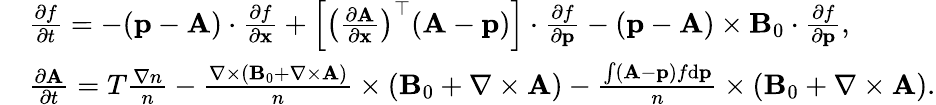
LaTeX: \begin{array}{rl}&{\frac{\partial f}{\partial t}=-({\mathbf p}-{\mathbf A})\cdot\frac{\partial f}{\partial{\mathbf x}}+\left[\left(\frac{\partial{\mathbf A}}{\partial\mathbf x}\right)^{\top}({\mathbf A}-{\mathbf p})\right]\cdot\frac{\partial f}{\partial{\mathbf p}}-({\mathbf p}-{\mathbf A})\times{\mathbf B}_{0}\cdot\frac{\partial f}{\partial{\mathbf p}},}\\ &{\frac{\partial{\mathbf A}}{\partial t}=T\frac{\nabla n}{n}-\frac{\nabla\times\left({\mathbf B}_{0}+\nabla\times{\mathbf A}\right)}{n}\times\left({\mathbf B}_{0}+{\nabla\times{\mathbf A}}\right)-\frac{\int({\mathbf A}-{\mathbf p})f\mathrm{d}{\mathbf p}}{n}\times\left({{\mathbf B}_{0}+\nabla\times{\mathbf A}}\right).}\end{array}